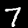
Digit: 7